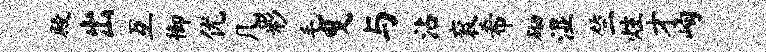
殿出互御优几彩毛曳与沾衮希砌湿竺炷才峋